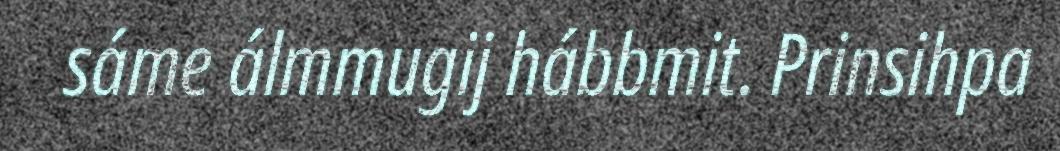
sáme álmmugij hábbmit. Prinsihpa